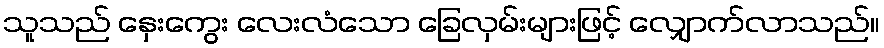
သူသည် နှေးကွေး လေးလံသော ခြေလှမ်းများဖြင့် လျှောက်လာသည်။